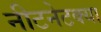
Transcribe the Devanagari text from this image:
नीटनेटक्या